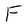
Character: F